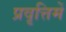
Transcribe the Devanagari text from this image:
प्रवृत्तिमें